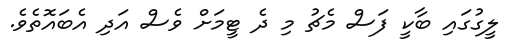
ލީގުގައި ބާކީ ފަސް މެޗު މި ދެ ޓީމަށް ވެސް އަދި އެބައޮތެވެ.